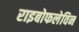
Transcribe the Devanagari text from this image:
राइबोफलेविन